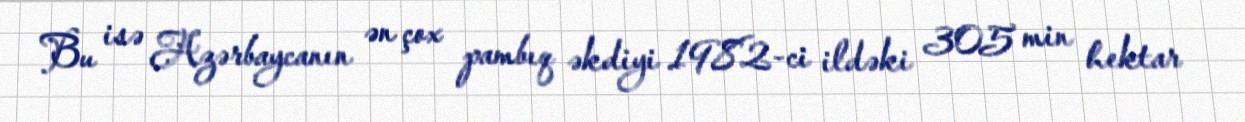
Bu isə Azərbaycanın ən çox pambıq əkdiyi 1982-ci ildəki 305 min hektar